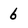
Character: 6